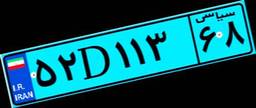
۲۱D۶۳۴۶۳